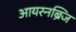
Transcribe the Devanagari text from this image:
आयरनब्रिज